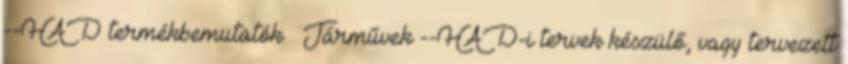
--HAD termékbemutatók Járművek --HAD-i tervek készülő, vagy tervezett